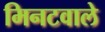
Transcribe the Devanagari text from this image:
मिनटवाले